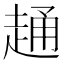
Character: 𧻹